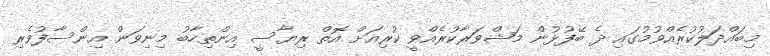
މިބައްދަލުކުރެއްވުމުގައި ދެ ބޭފުޅުން މަޝްވަރާކުރެއްވީ ކުރިއަށް އޮތް ރިޔާސީ އިންތިހާބު މިނިވަން އިންސާފުވެރި